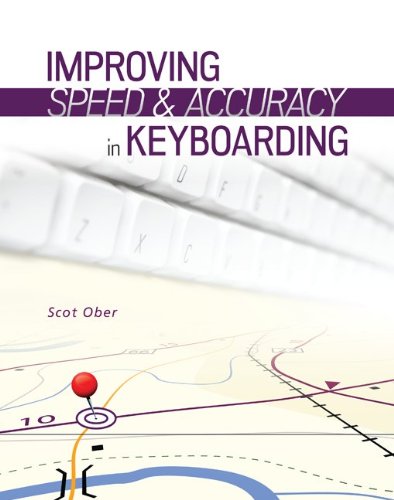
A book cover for Improving Speed and Accuracy in Keyboarding; Scot Ober; Law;